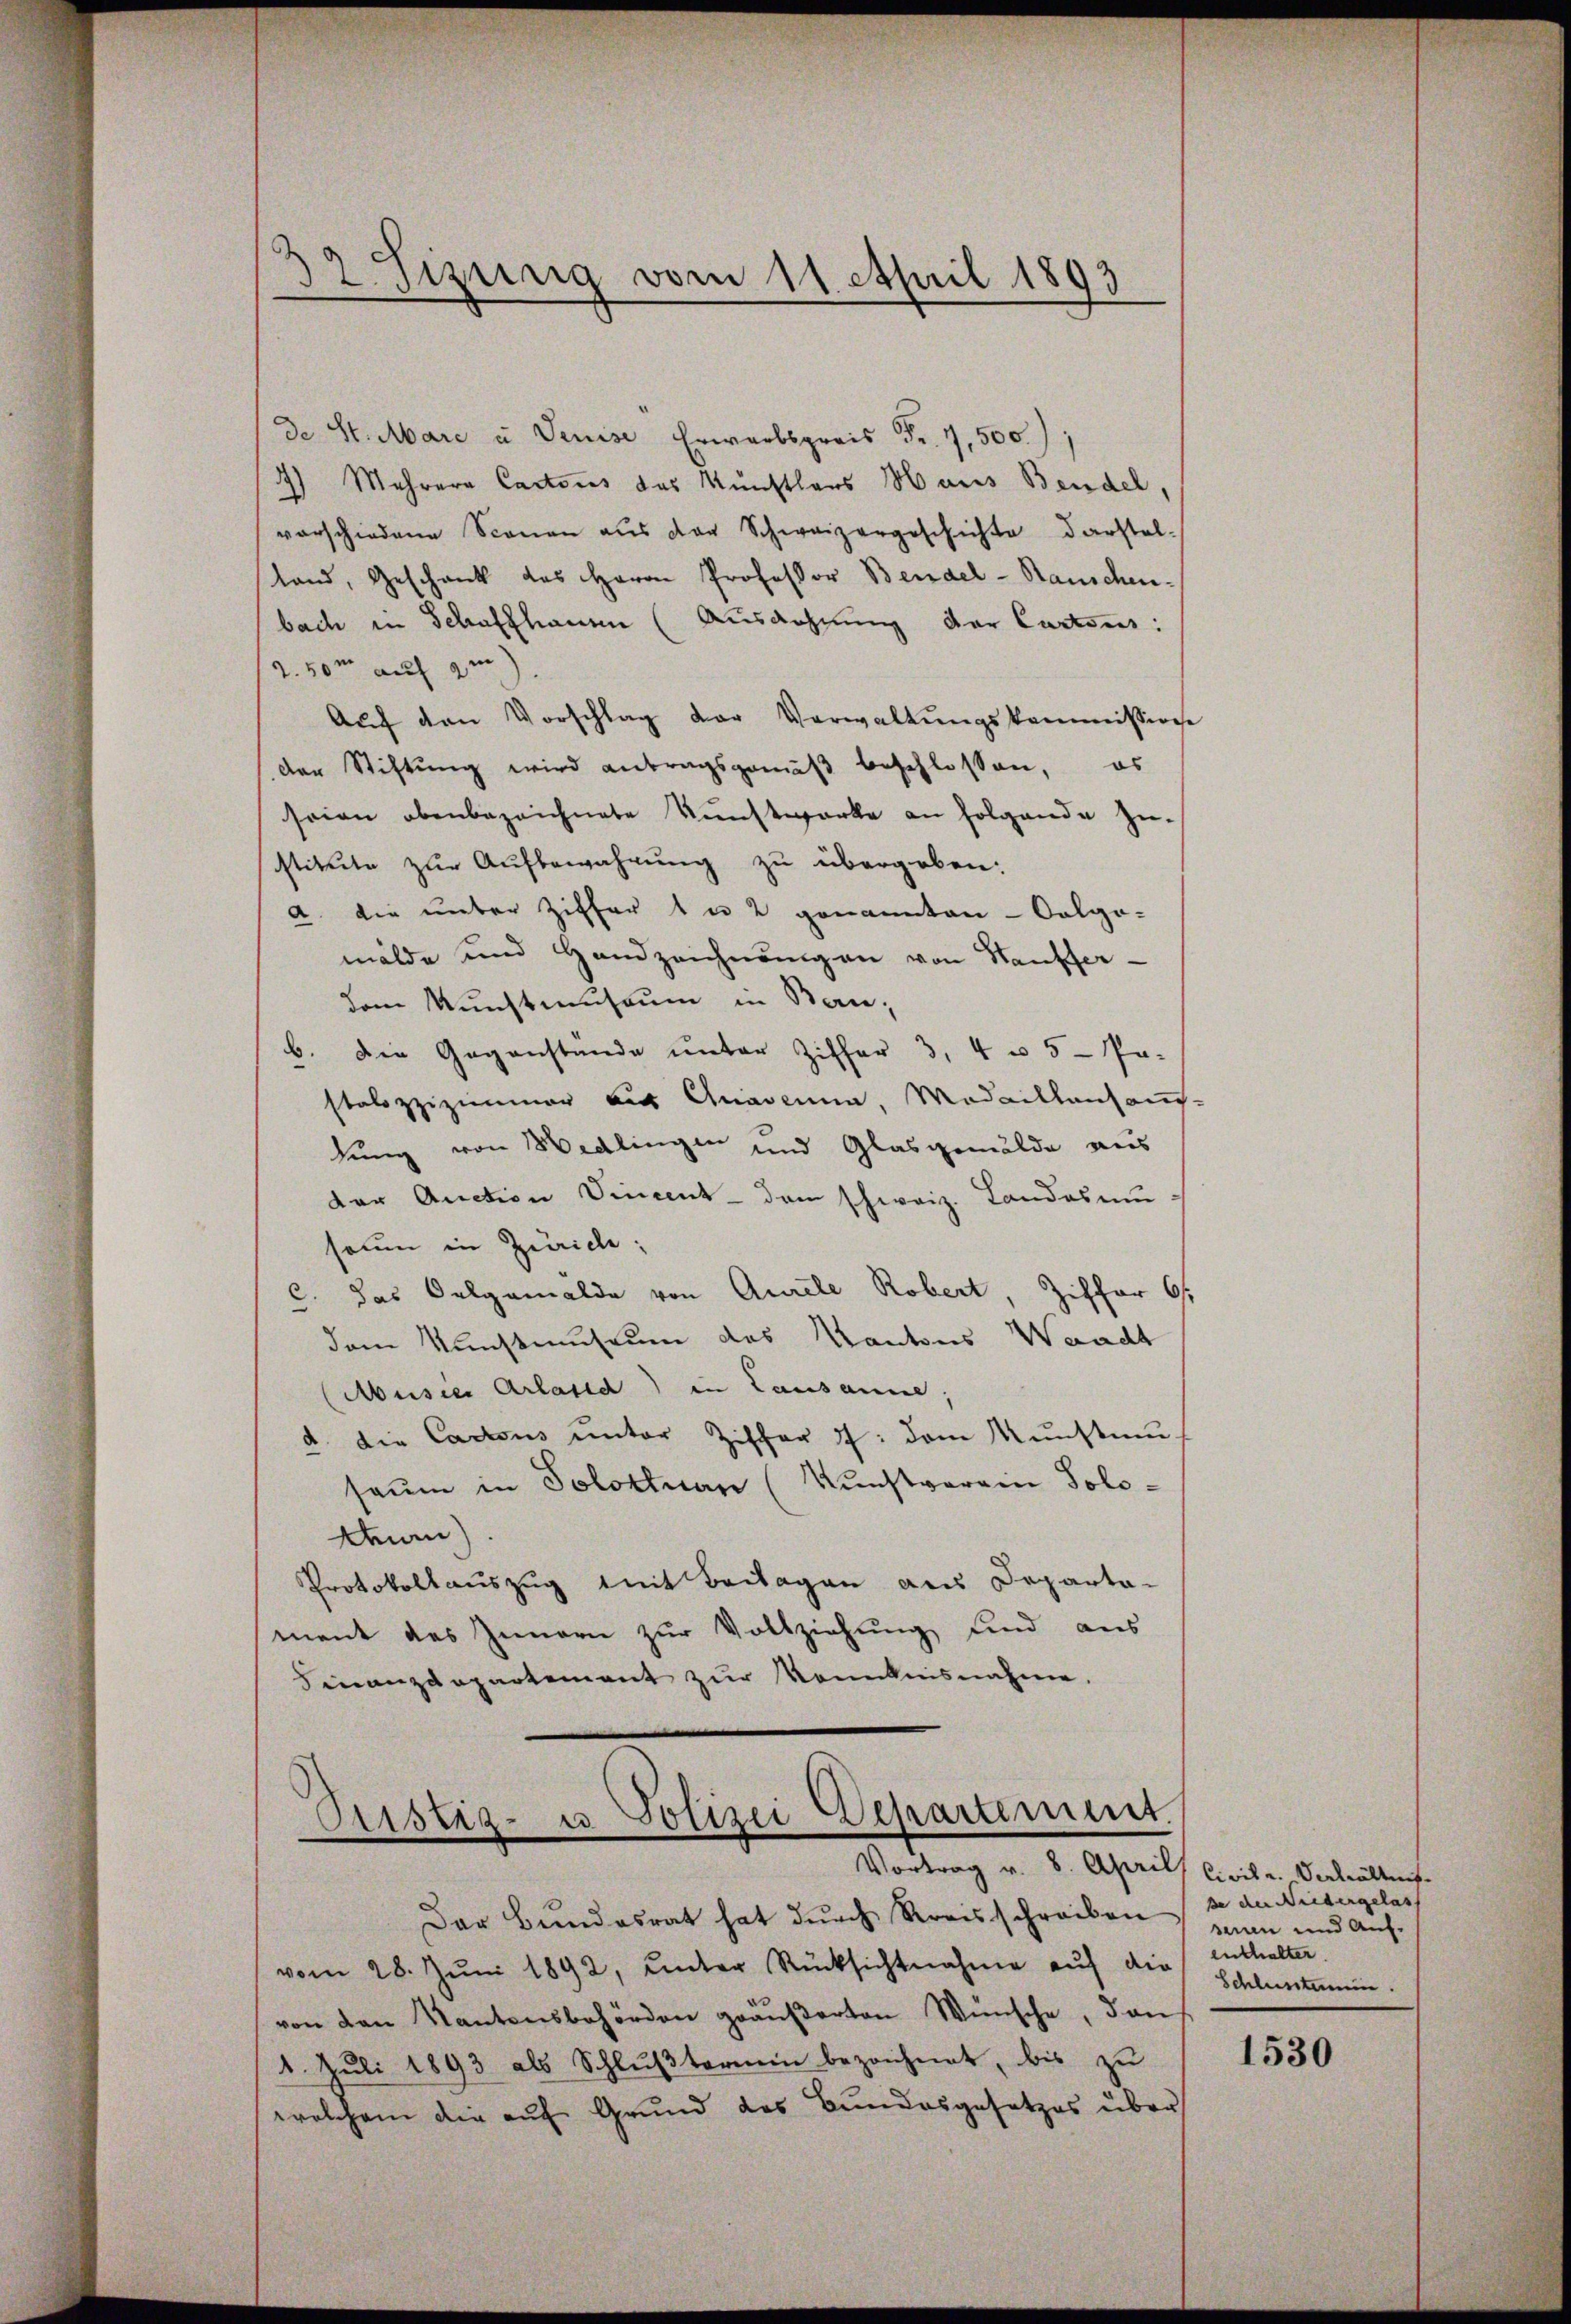
32 Sizung vom 11. April 1893

de St. Mare u Deuise Erwerbspreis Fr. 7,500.
) Mehrere Cantons das Künstlers Haus Bendel,
vorschiedene Scenen aus der Schweizergeschichte darstel-
land, Geschank des Herrn Professor Bendel - Rauschenbach in Schaffhauen (Ausdehnung der Cartous:
2.50m auf 9m
Aŭf den Vorschlag der Verwaltŭngskommission
der Stiftung wird antragsgemäβ beschlossen, es
seien obenbezeichnete Kunstwerke an folgende Zu-
stitute zur Aufbewahrung zu übergeben:
a. Die unter Ziffer 1 u 2 genannten - Calgo-
mälde und Handzeichnungen von Hauffer-
dem Kunstmuseum in Baub. Die Gegenstande unter Ziffer 3, 4 u 5- Pa-
stalozzizimmer aus Gnadena, Medaillensauf-
lung von Wedlingen und Glasgemälde aus
der Auction Vincent dem schweiz. Landamsaun in Zürich;
das Oelgamalda von Aurele Robert, Ziffer 61
dem Kunstmuseum des Kantons Weracht
(Musees Arlasse) in Lausanne
d. Die Cantons unter Ziffer 7: dem Kunstmu
saum in Solottnau (Kunstverein Solodenen
Protokollauszug mit Beilagen aus Departa-
ment des Innern zur Vollziehung und aus
Finanzdepartement zur Kenntnisnahme.
Ristig- u Polizei Departement.
Vortrag v. 8. April Civilr. Verhältnis.
Der Bundesrat hat dŭrch Kreisschreiben ze de Niedergelas
vom 28. Juni 1892, unter Rücksichtnahme auf die
von den Kantonsbehörden gräŭβerten Wünsche, dan
1. Juli 1893 als Schlußtornein bezeichnet, bis zu
welchem die auf Grund des Bundesgesetzes über

saun und Auf-
enthalter
Schlusstein.

1530